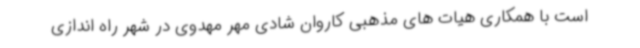
است با همکاری هیات های مذهبی کاروان شادی مهر مهدوی در شهر راه اندازی